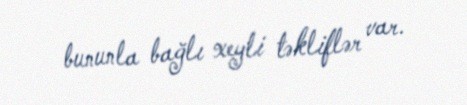
bununla bağlı xeyli təkliflər var.